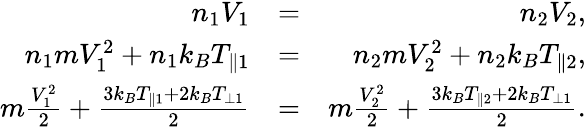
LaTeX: \begin{array}{rlr}{n_{1}V_{1}}&{=}&{n_{2}V_{2},}\\ {n_{1}mV_{1}^{2}+n_{1}k_{B}T_{\parallel 1}}&{=}&{n_{2}mV_{2}^{2}+n_{2}k_{B}T_{\parallel 2},}\\ {m\frac{V_{1}^{2}}{2}+\frac{3k_{B}T_{\parallel 1}+2k_{B}T_{\perp 1}}{2}}&{=}&{m\frac{V_{2}^{2}}{2}+\frac{3k_{B}T_{\parallel 2}+2k_{B}T_{\perp 1}}{2}.}\end{array}